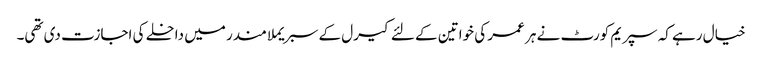
خیال رہے کہ سپریم کورٹ نے ہر عمر کی خواتین کے لئے کیرل کے سبریملا مندر میں داخلے کی اجازت دی تھی۔